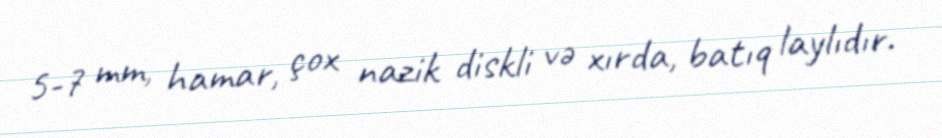
5-7 mm, hamar, çox nazik diskli və xırda, batıq laylıdır.